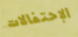
الإحتفالات